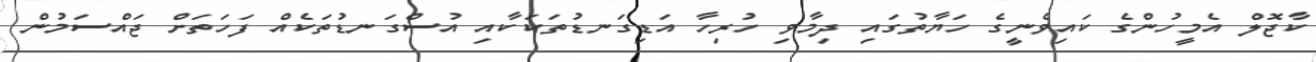
ކާޖޮލް އެމީހުންގެ ކައިވެނީގެ ހަޔާތުގައި ދިމާވި ހުރިހާ އަޑިގަނޑުތަކަކާއި އުސްގަނޑުތަކެއް ފަހަތަށް ޖައްސަމުން